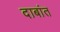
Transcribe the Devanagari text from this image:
दाबांत